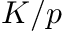
K / p